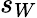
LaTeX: s_{W}